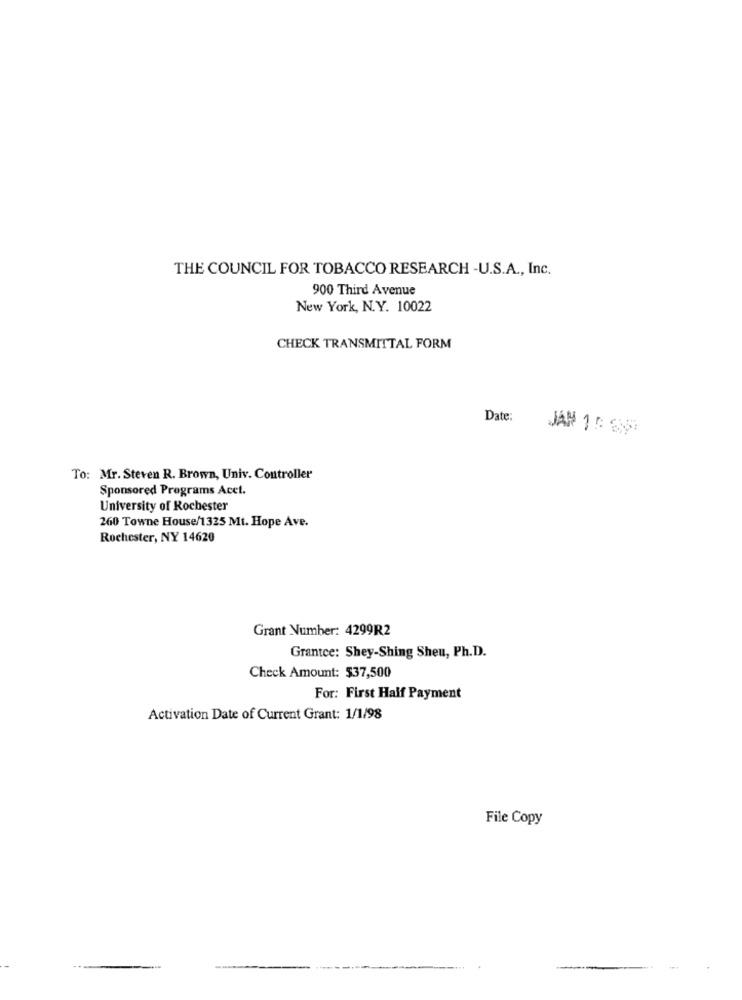
THE COUNCIL FOR TOBACCO RESEARCH -U.S.A ., Inc.
900 Third Avenue
New York, N.Y. 10022
CHECK TRANSMITTAL FORM
Date:
To: Mr. Steven R. Brown, Univ. Controller
Sponsored Programs Acet.
University of Rochester
260 Towne House/1325 Mt. Hope Ave.
Rochester, NY 14620
Grant Number: 4299R2
Grantce: Shey-Shing Sheu, Ph.D.
Check Amount: $37,500
For: First Half Payment
Activation Date of Current Grant: 1/1/98
File Copy